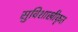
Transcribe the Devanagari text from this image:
सुविशाखीकृत